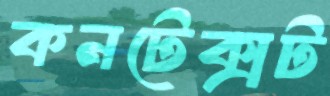
কনটেক্সট